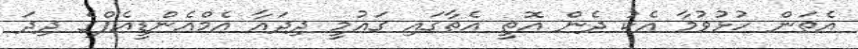
އެތަން ހުޅުވުމާ އެކު ދެން އޮތީ އެތާގައި ގައުމީ ދިދައާ އެމްއެންޑީއެފްގެ ދިދަ